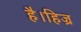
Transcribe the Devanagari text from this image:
है।हिज्र